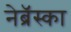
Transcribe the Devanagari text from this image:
नेब्रॅस्का